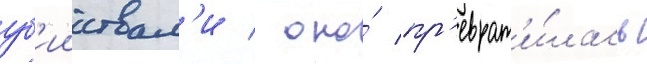
уб'ииствам'и / оно́ пр'еврат'и́лась